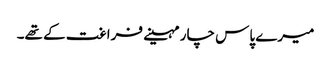
میرے پاس چار مہینے فراغت کے تھے۔